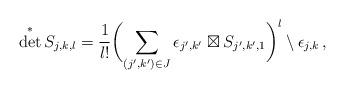
LaTeX: \begin{align*} \det^* S_{j,k,l} = \frac{1}{l!} \biggl( \sum_{(j',k') \in J} \epsilon_{j',k'} \boxtimes S_{j',k',1} \biggr)^l \setminus \epsilon_{j,k} \, , \end{align*}